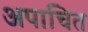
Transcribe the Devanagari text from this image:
अपाचित